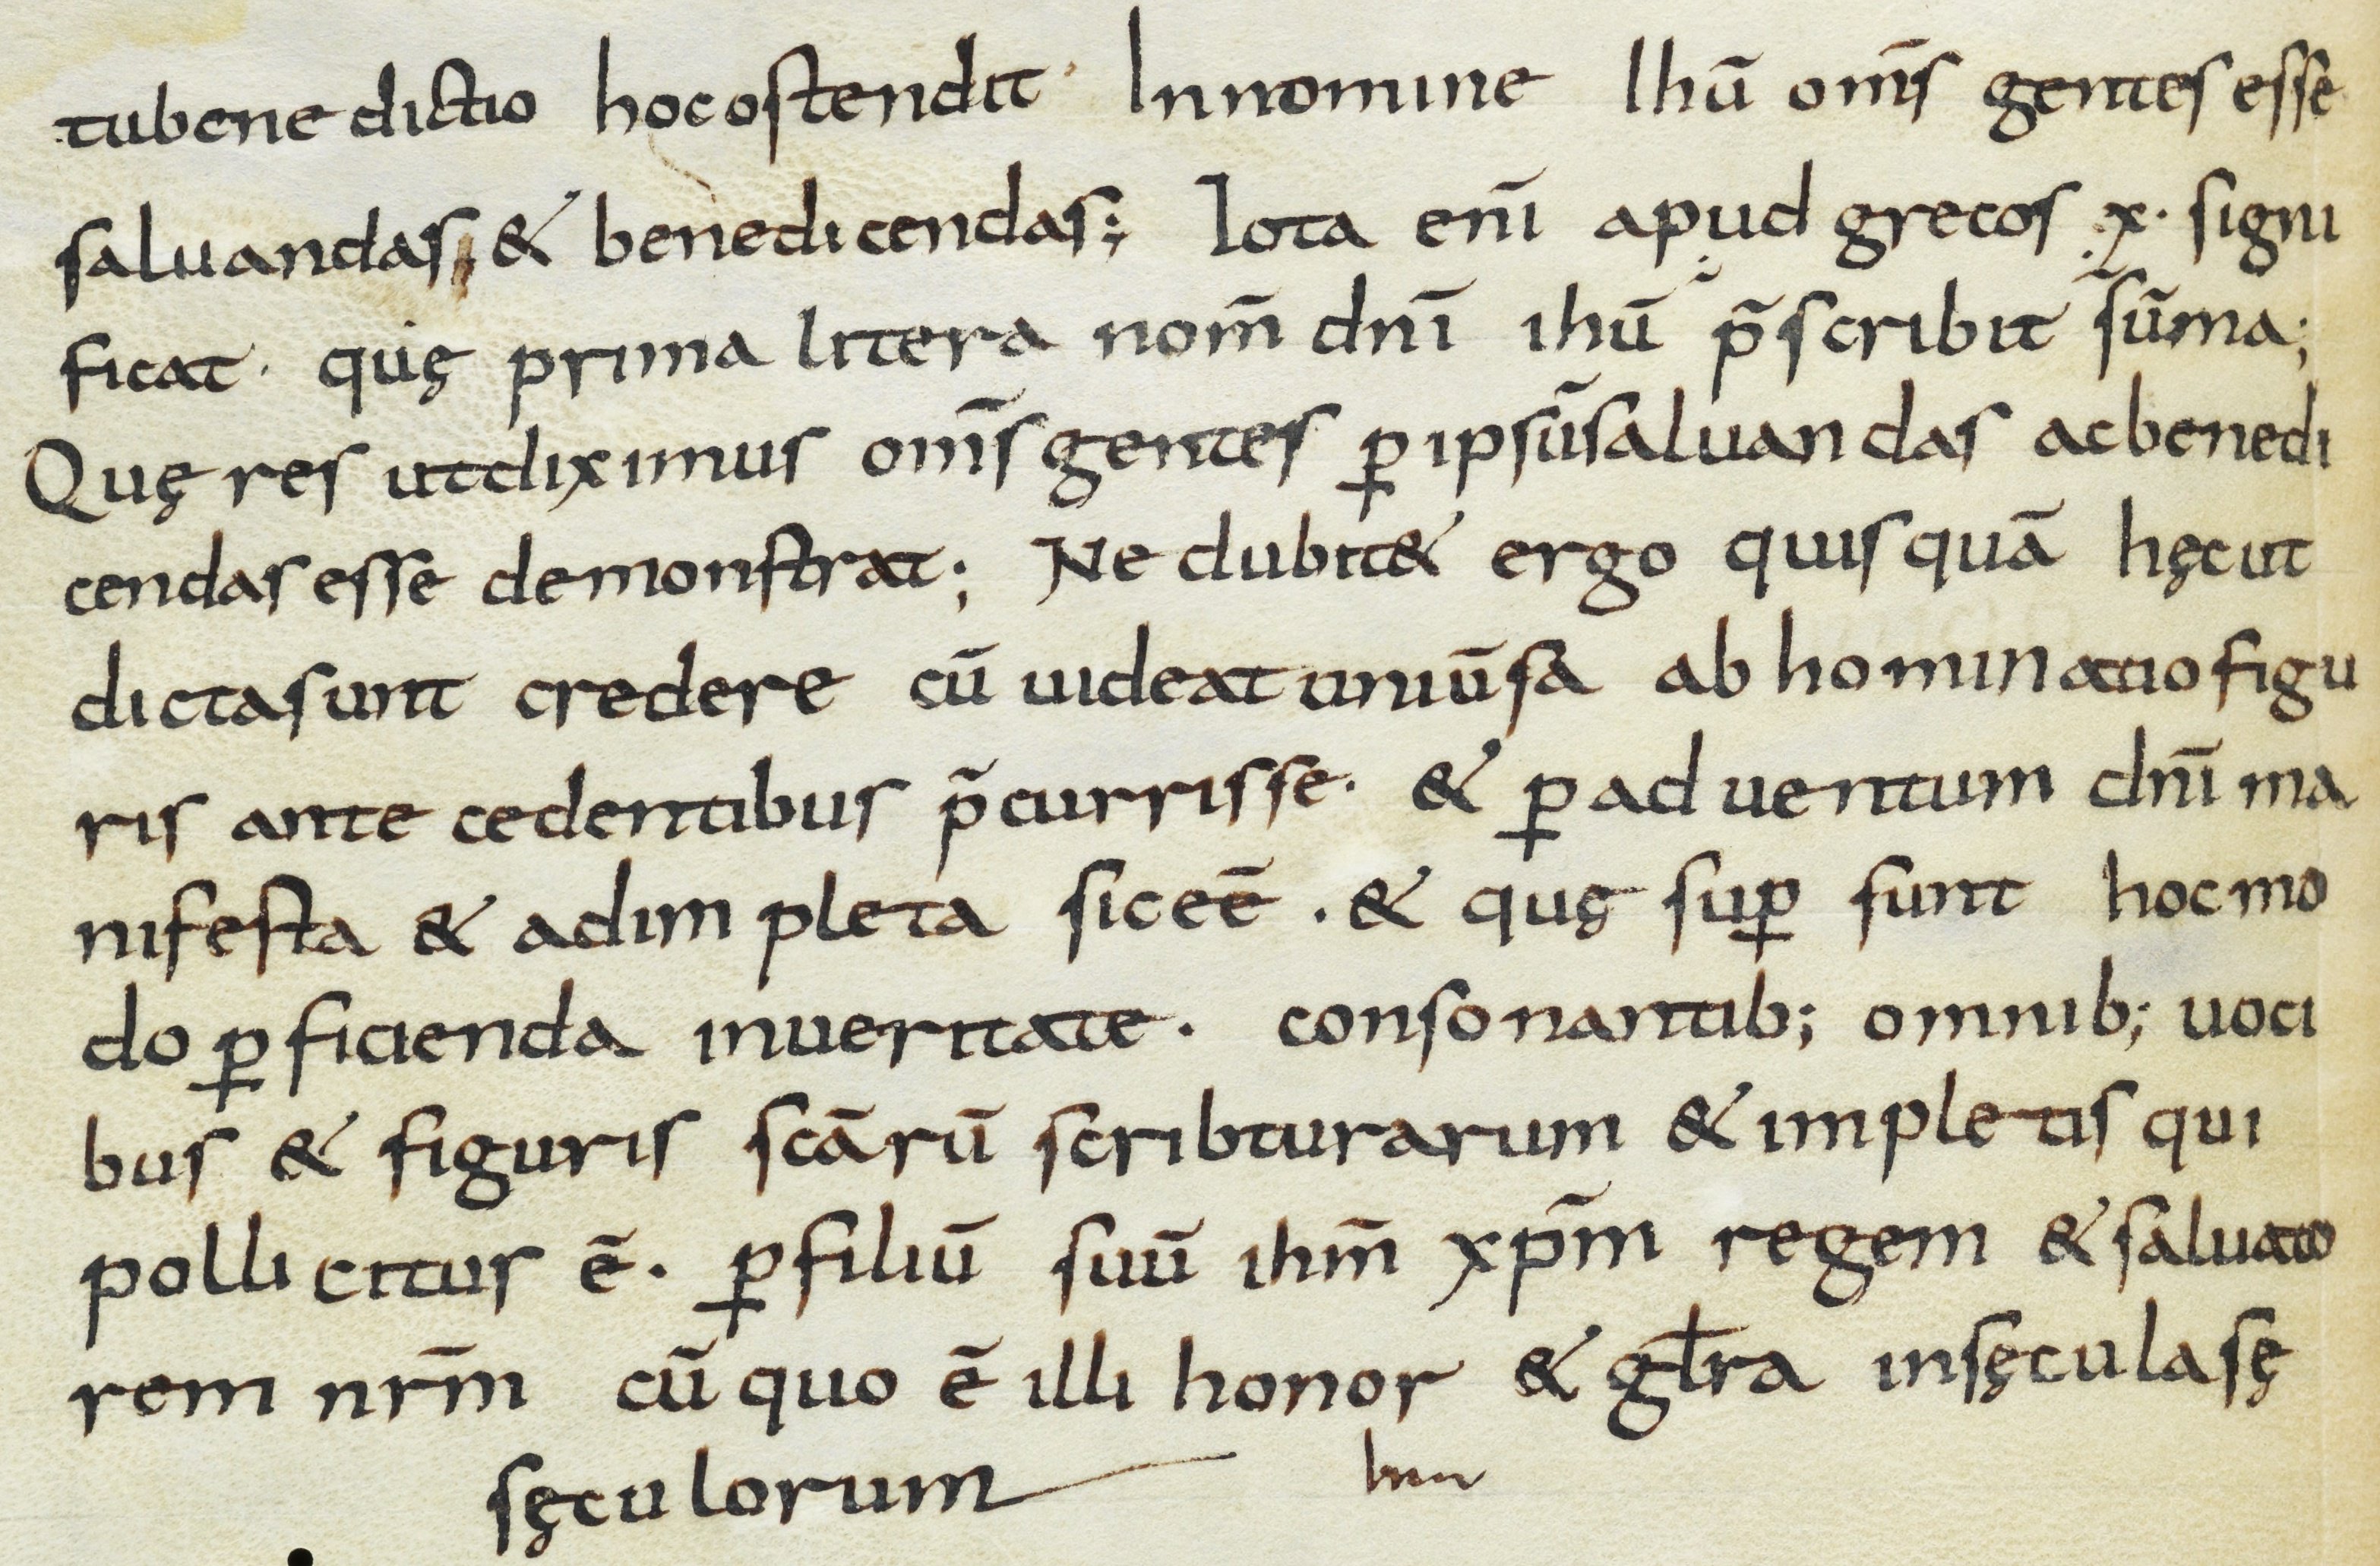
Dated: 800–899